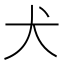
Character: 犬